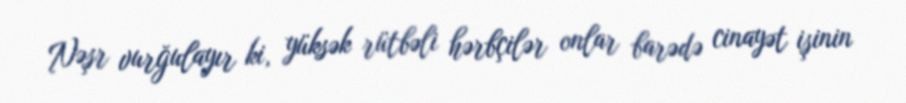
Nəşr vurğulayır ki, yüksək rütbəli hərbçilər onlar barədə cinayət işinin